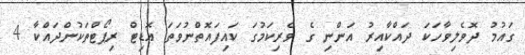
ގައުމު ދޮވެލިވާހަކަ ދައްކާއިރު އަންނި ގެ ވެރިކަމުގަ ކައިފައޮތްނުވަތަ އޮޑިޓް ރިޕޯޓްތަކުންދައްކާ 4